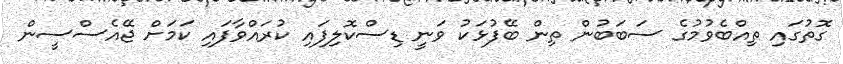
ގޮތުގައި ތިއްބެވުމުގެ ސަބަބުން ތިން ބޭފުޅަކު ވަނީ ޑިސްކޮލިފައި ކުރައްވާފައި ކަމަށް ޖޭއެސްސީން